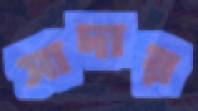
সাদায়